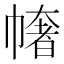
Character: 𢄳